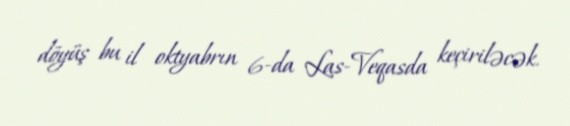
döyüş bu il oktyabrın 6-da Las-Veqasda keçiriləcək.